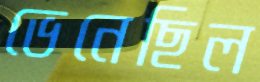
ভেনেছিল